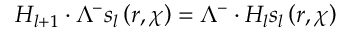
H _ { l + 1 } \cdot \Lambda ^ { - } s _ { l } \left( r , \chi \right) = \Lambda ^ { - } \cdot H _ { l } s _ { l } \left( r , \chi \right)